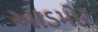
આડમોર